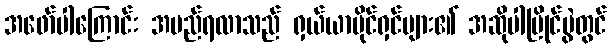
အဖော်ပါကြောင်း အမည်ရလာသည် ရှယ်ယာပိုင်ရှင်များ၏ အဆိုပါပြိုင်ပွဲတွင်